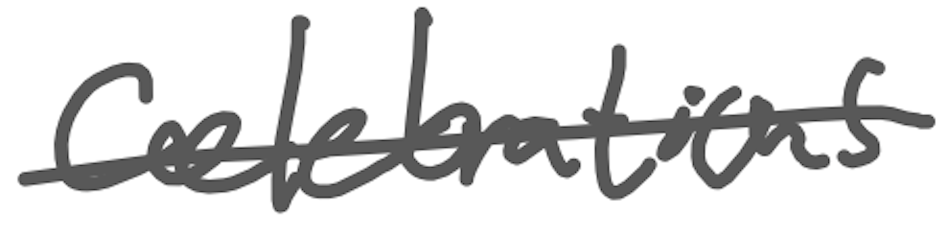
Text: celebrations
Cross-out: single-line
Writing tool: digital_gray